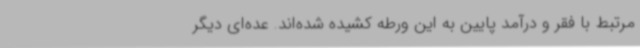
مرتبط با فقر و درآمد پایین به این ورطه کشیده شده‌اند. عده‌ای دیگر